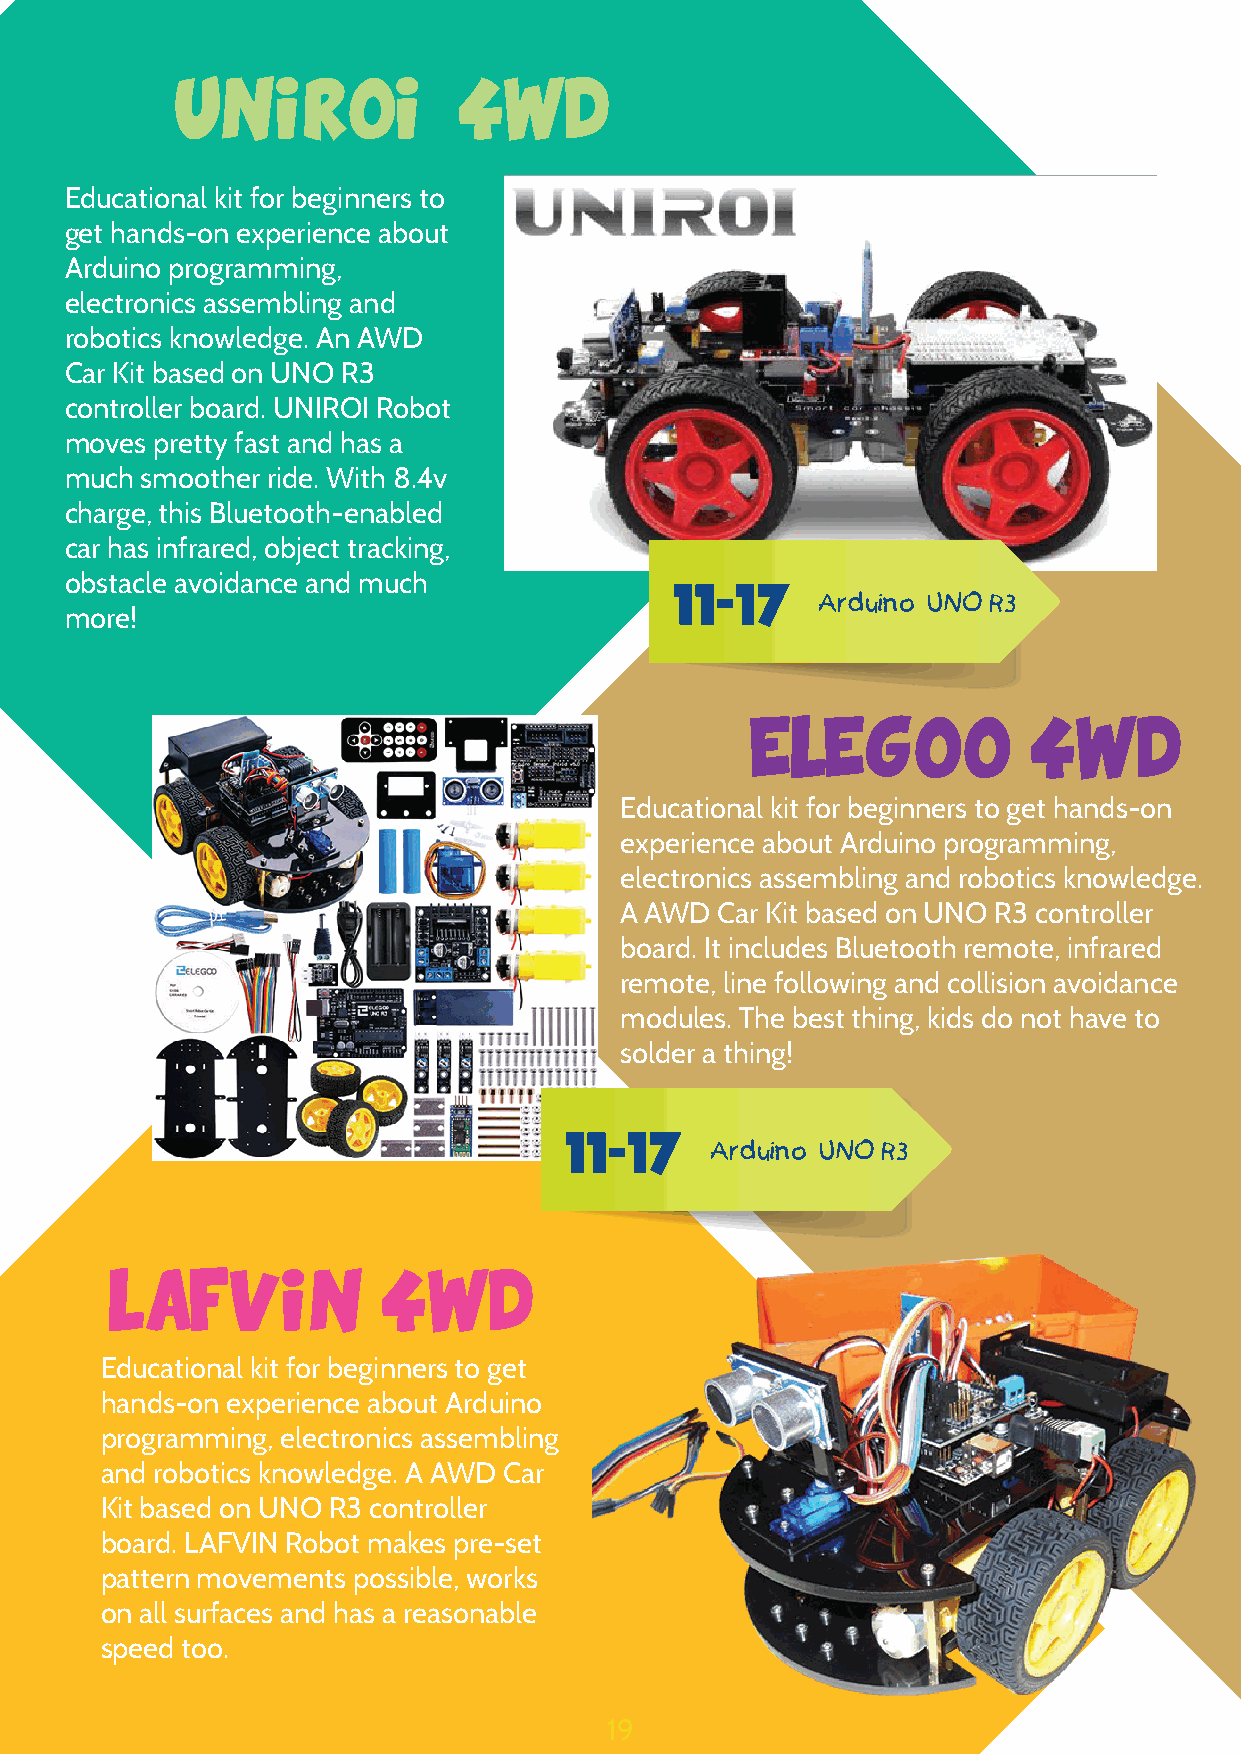
UNIROI            4WD
 Educational kit for beginners to
 get hands-on experience about
 Arduino programming,
 electronics assembling and
 robotics knowledge. An AWD
 Car Kit based on UNO R3
 controller board. UNIROI Robot
 moves pretty fast and has a
 much smoother ride. With 8.4v
 charge, this Bluetooth-enabled
 car has infrared, object tracking,
 obstacle avoidance and much             11-17
 Arduino UNO R3
 more!
 ELEGOO            4WD
 Educational kit for beginners to get hands-on
 experience about Arduino programming,
 electronics assembling and robotics knowledge.
 A AWD  Car Kit based on UNO R3 controller
 board. It includes Bluetooth remote, infrared
 remote, line following and collision avoidance
 modules. The best thing, kids do not have to
 solder a thing!
 11-17
 Arduino UNO R3
 LAFVIN            4WD
 Educational kit for beginners to get
 hands-on experience about Arduino
 programming, electronics assembling
 and robotics knowledge. A AWD Car
 Kit based on UNO R3 controller
 board. LAFVIN Robot makes pre-set
 pattern movements possible, works
 on all surfaces and has a reasonable
 speed too.
 19